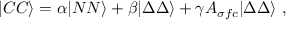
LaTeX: | C C \rangle = \alpha | N N \rangle + \beta | \Delta \Delta \rangle + \gamma { \cal A } _ { \sigma f c } | \Delta \Delta \rangle \ ,